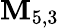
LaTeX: {\mathbf{M}}_{5,3}